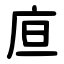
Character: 㡺